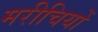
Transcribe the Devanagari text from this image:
मरीचियों